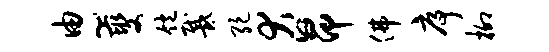
由~燮饱戴绝犬昂佛序柳